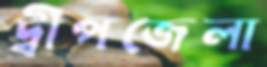
দ্বীপজেলা